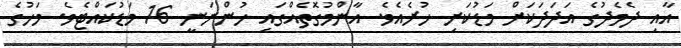
އާއި ދެމެދުގެ އަދަދަކަށް މަޑުކަށި ހުރެއެވެ. އާންމުގޮތެއްގައި ހުންނަނީ 16 މަޑުކައްޓެވެ. މަހުގެ